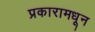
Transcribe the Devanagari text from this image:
प्रकारामधून